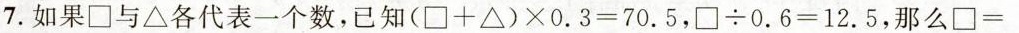
7.如果 \Box 与 \triangle 各代表一个数，已知 $$(\Box + \triangle )× 0.3=70.5$$$$\Box÷0.6=12.5$$，那么\Box =